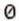
0